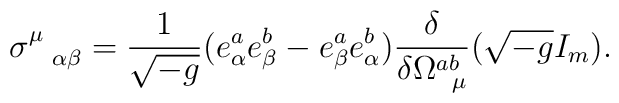
\sigma^{\mu}_{\hspace{.3 true cm}\alpha \beta} =\frac{1}{\sqrt{-g}}(e^a_{\alpha}e^b_{\beta} - e^a_{\beta}e^b_{\alpha})\frac{\delta}{\delta \Omega^{ab}_{\hspace{.2 true cm}\mu}}(\sqrt{-g} I_m).